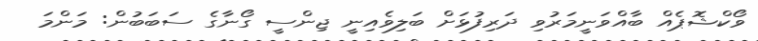
ވޯކްޝޮޕެއް ބާއްވަނީމަރުވި ދަރިފުޅަށް ބަލިވެއިނީ ޖިންސީ ގޯނާގެ ސަބަބުން: މަންމަ